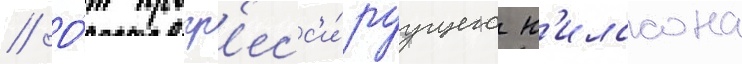
// О́т прогр'есс'и́руущего н'илссона